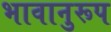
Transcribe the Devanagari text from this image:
भावानुरूप